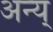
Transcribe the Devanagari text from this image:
अन्य्